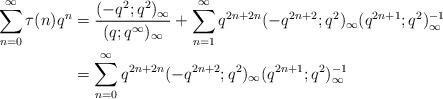
LaTeX: \begin{align*} \sum\limits_{n = 0}^{\infty}\tau(n)q^{n} & = \frac{(-q^{2};q^{2})_{\infty}}{(q;q^{\infty})_{\infty}} + \sum\limits_{n = 1}^{\infty}q^{2n + 2n}(-q^{2n + 2};q^{2})_{\infty} (q^{2n + 1};q^{2})_{\infty}^{-1} \\ & = \sum_{n = 0}^{\infty}q^{2n + 2n}(-q^{2n + 2};q^{2})_{\infty} (q^{2n + 1};q^{2})_{\infty}^{-1} \end{align*}